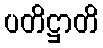
ပတိဋ္ဌာတိ